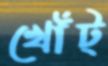
খোঁট্‌